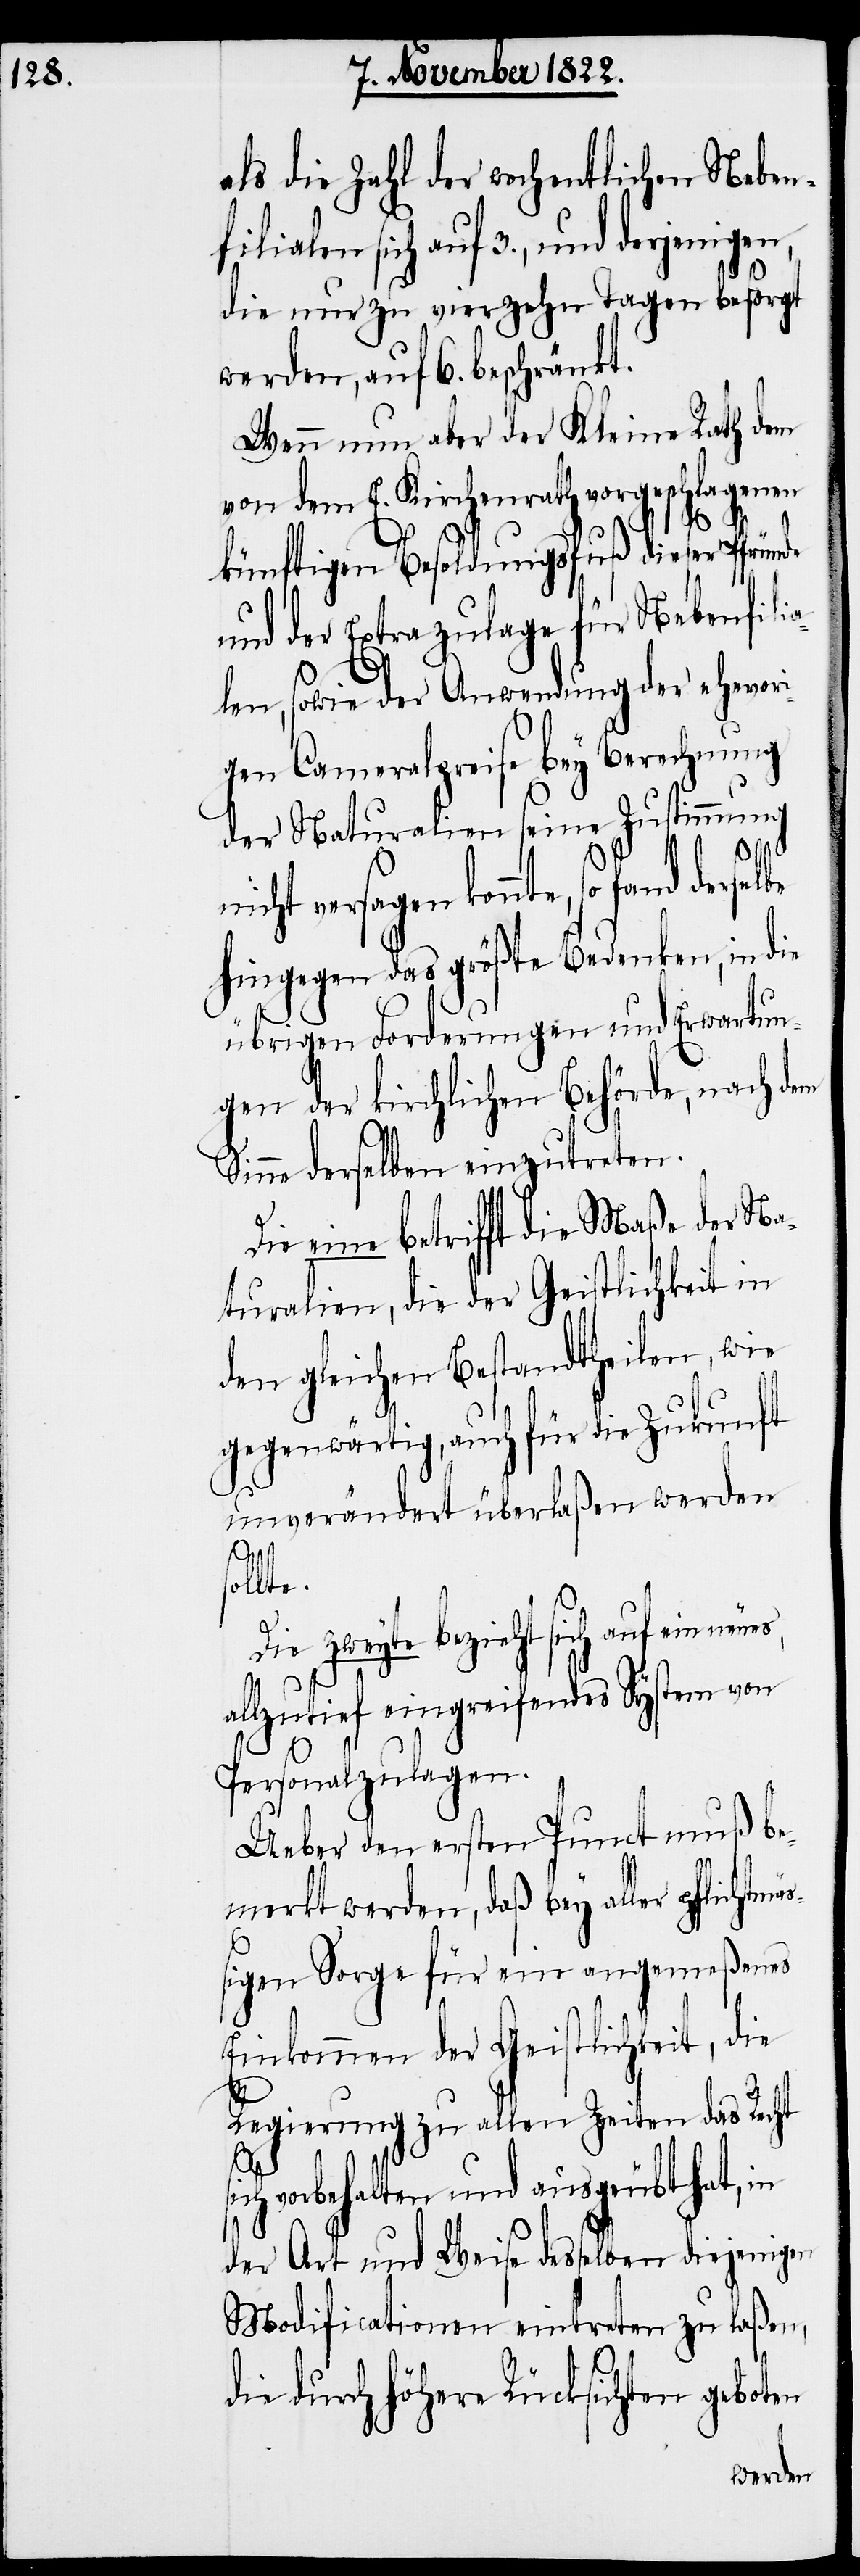
als die Zahl der wochentlichen Neben¬
filialen sich auf 3., und derjenigen,
die nur zu vierzehn Tagen besorgt
werden, auf 6. beschränkt.
Wenn nun aber der Kleine Rath dem
von dem E. Kirchenrath vorgeschlagenen
künftigen Besoldungsfuß dieser Pfründe
und der Extrazulage für Nebenfili¬
alen, sowie der Anwendung der ehevori¬
gen Cameralpreise bey bey Berechnung
der Naturalien seine Zustimmung
nicht versagen konnte, so fand ders¬
hingegen das größte Bedenken, in die
übrigen Forderungen und Erwartun¬
gen der kirchlichen Behörde, nach dem
inne derselben einzutreten.
Die eine betrifft die Maße der Na¬
turalien, die der Geistlichkeit in
den gleichen Bestandtheilen, wie
gegenwärtig, auch für die Zukunft
unverändert überlaßen werden
lte.
Die zweyte bezieht sich auf ein neues,
allzutief eingreifendes System von
Personalzulagen.
Ueber den ersten Punct muß be¬
merkt werden, daß bey aller pflichtm¬
igen Sorge für ein angemeßenes
Einkommen der Geistlichkeit, die
Regierung zu allen Zeiten das Recht
si¬
ch vorbehalten und ausgeübt hat, in
der Art und Weise desselben diejenigen
Modificationen eintreten zu laßen,
die durch höhere Rücksichten geboten